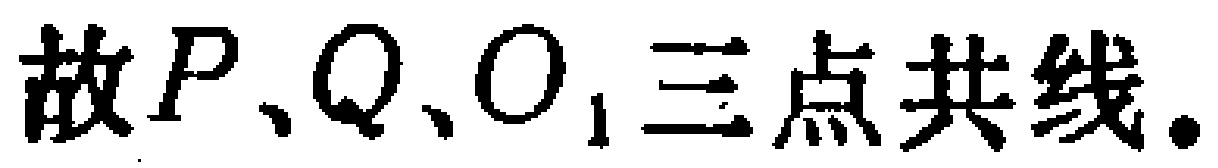
故\(P、Q、O_{1}\)三点共线.